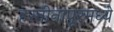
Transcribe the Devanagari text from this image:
हस्तीनापूरमध्ये